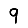
Digit: 9